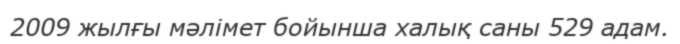
2009 жылғы мәлімет бойынша халық саны 529 адам.